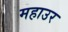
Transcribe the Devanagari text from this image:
महाउर